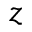
z